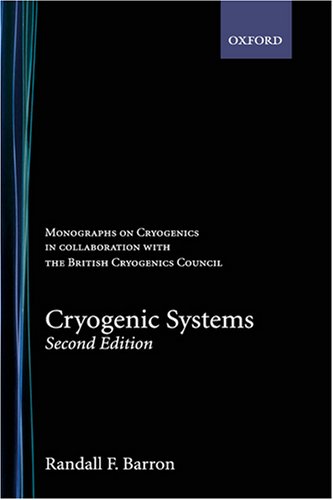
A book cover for Cryogenic Systems (Monographs on Cryogenics); Randall F. Barron; Science & Math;